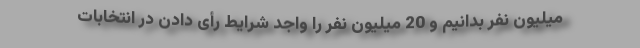
میلیون نفر بدانیم و 20 میلیون نفر را واجد شرایط رأی دادن در انتخابات